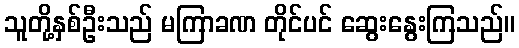
သူတို့နှစ်ဦးသည် မကြာခဏ တိုင်ပင် ဆွေးနွေးကြသည်။